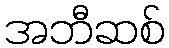
အဘီဆစ်